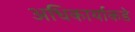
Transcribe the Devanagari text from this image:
अधिकार्याकडे